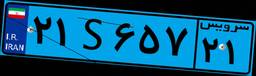
۲۱S۶۵۷۲۱